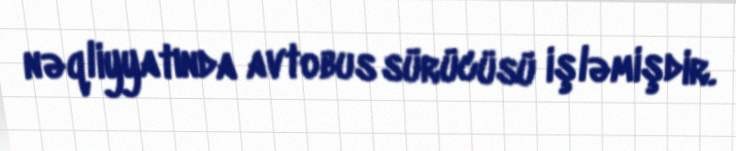
nəqliyyatında avtobus sürücüsü işləmişdir.